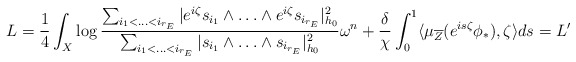
\begin{align*}L & = \frac{1}{4} \int_X \log \frac{\sum_{i_1 < \ldots <i_{r_E}} |e^{i\zeta}s_{i_1} \wedge \ldots \wedge e^{i\zeta} s_{i_{r_E}}|^2_{h_0}}{\sum_{i_1 < \ldots <i_{r_E}} |s_{i_1} \wedge \ldots \wedge s_{i_{r_E}}|^2_{h_0}}\omega^n + \frac{\delta}{\chi}\int_0^1 \langle\mu_{\overline{Z}}(e^{is\zeta}\phi_*),\zeta\rangle ds = L'\end{align*}